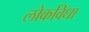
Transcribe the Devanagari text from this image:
लोकविधा